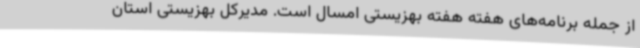
از جمله برنامه‌های هفته هفته بهزیستی امسال است. مدیرکل بهزیستی استان